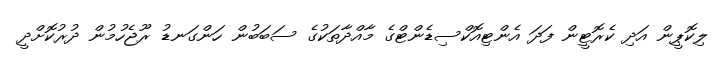
ލިކޮޕީން އަދި ކެރޮޓީން ފަދަ އެންޓިއޮކްސިޑެންޓްގެ މާއްދާތަކުގެ ސަބަބުން ހަންގަނޑު ރޫޖެހުމުން ދުރުކޮށްދީ